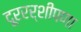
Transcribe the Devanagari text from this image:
दूररर्शीपणा